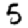
Digit: 5